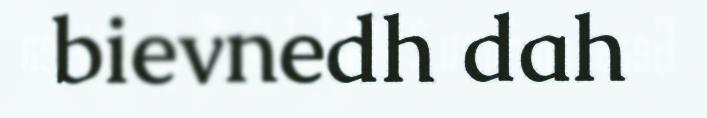
bievnedh dah